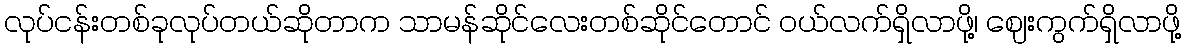
လုပ်ငန်းတစ်ခုလုပ်တယ်ဆိုတာက သာမန်ဆိုင်လေးတစ်ဆိုင်တောင် ဝယ်လက်ရှိလာဖို့၊ ဈေးကွက်ရှိလာဖို့